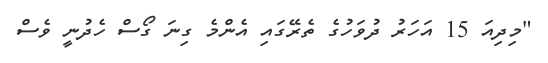
"މިދިއަ 15 އަހަރު ދުވަހުގެ ތެރޭގައި އެންމެ ގިނަ ގޯސް ހެދުނީ ވެސް